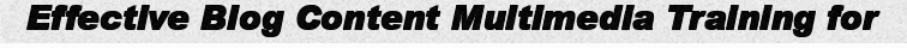
Effective Blog Content Multimedia Training for